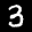
Label: 3